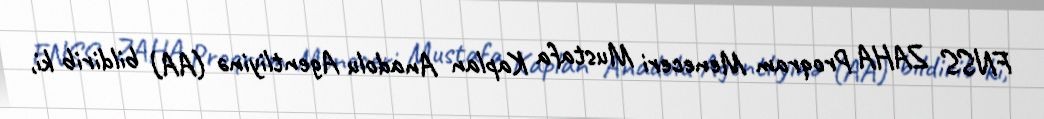
FNSS ZAHA Proqram Meneceri Mustafa Kaplan Anadolu Agentliyinə (AA) bildirib ki,